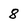
Character: 8